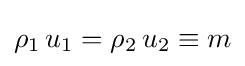
\rho _{1}\,u_{1}=\rho _{2}\,u_{2}\equiv m